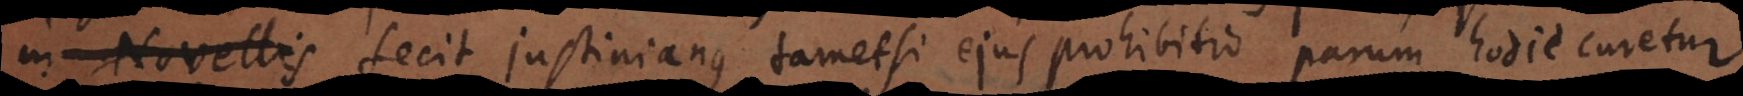
in Novellis fecit Justinianus tametsi ejus prohibitio parum hodie curetur.